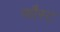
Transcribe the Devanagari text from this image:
फौस्ट